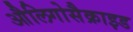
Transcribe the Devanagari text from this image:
औलिगोसैक्राइड